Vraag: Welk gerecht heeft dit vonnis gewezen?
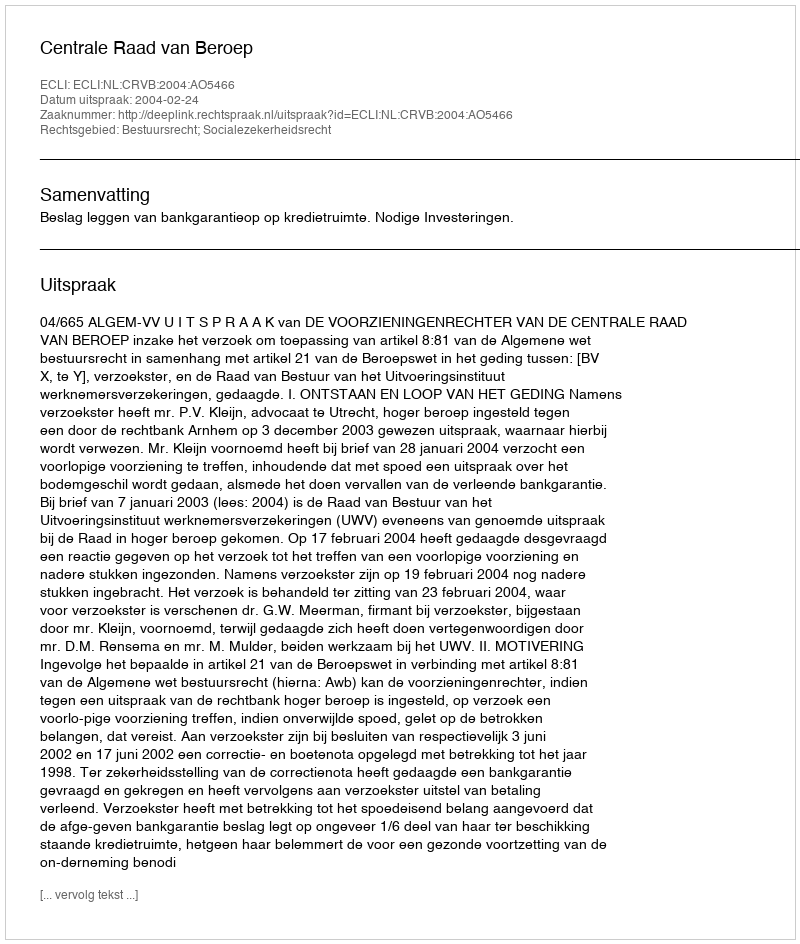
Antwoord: Centrale Raad van Beroep